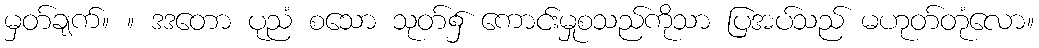
မှတ်ချက်။ ။ ဒဒတော ပုညံ စသော သုတ်၌ ကောင်းမှုစသည်ကိုသာ ပြအပ်သည် မဟုတ်တုံလော။